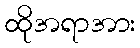
ထိုအရာအား